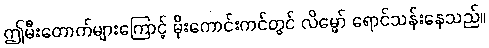
ဤမီးတောက်များကြောင့် မိုးကောင်းကင်တွင် လိမ္မော် ရောင်သန်းနေသည်။